Scientific memoirs by medical officers of the Army of India - Part III,
Year: 1887
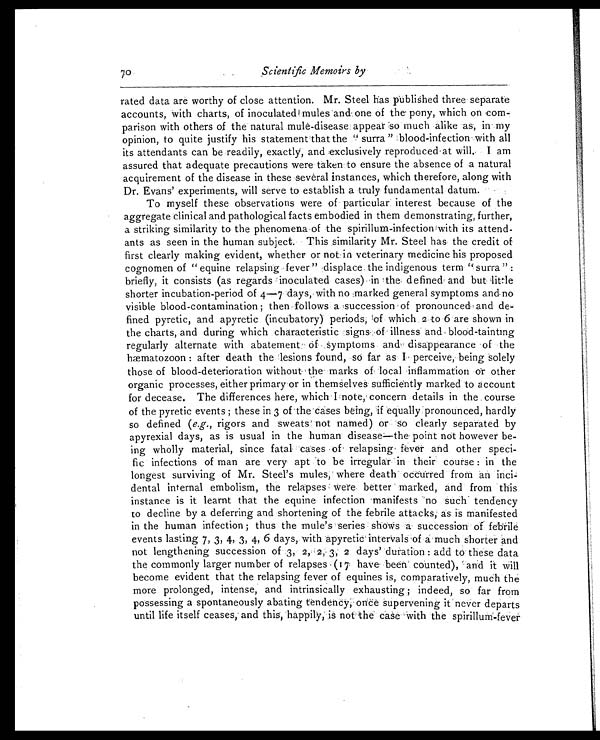
70
Scientific Memoirs by
rated data are worthy of close attention. Mr. Steel has published three separate
accounts, with charts, of inoculated mules and one of the pony, which on co
m - p a r i s o n w i t h o t h e r s o f t h e n a t u r a l m u l e - d i s e a s e a p p e a r s o m u c h a l i k e a s , i n m y
opinion, to quite justify his statement that the "surra" blood-infection with all
its attendants can be readily, exactly, and exclusively reproduced at will. I am
assured that adequate precautions were taken to ensure the absence of a natural
acquirement of the disease in these several instances, which therefore, along with
Dr. Evans' experiments, will serve to establish a truly fundamental datum.
To myself these observations were of particular interest because of the
aggregate clinical and pathological facts embodied in them demonstrating, further,
a striking similarity to the phenomena of the spirillum-infection with its attend-
ants as seen in the human subject. This similarity Mr. Steel has the credit of
first clearly making evident, whether or not in veterinary medicine his proposed
cognomen of "equine relapsing fever" displace the indigenous term "surra
" : b r i e f l y , i t c o n s i s t s ( a s r e g a r d s i n o c u l a t e d c a s e s ) i n t h e d e f i n e d a n d b u t l i t t l e
shorter incubation-period of 4—7 days, with no marked general symptoms and no
visible blood-contamination; then follows a succession of pronounced and de
-fined pyretic, and apyretic (incubatory) periods, of which 2 to 6 are shown in
the charts, and during which characteristic signsof illness and blood-tainting
regularly alternate with abatement of symptoms and disappearance of the
hæmatozoon: after death the lesions found, so far as I perceive, being solely
those of blood-deterioration without the marks of local inflammation or other
organic processes, either primary or in themselves sufficiently marked to account
for decease. The differences here, which I note, concern details in the course
of the pyretic events; these in 3 of the cases being, if equally pronounced, hardly
so defined ( e.g. , rigors and sweats not named) or so clearly separated by
apyrexial days, as is usual in the human disease—the point not however be-
ing wholly material, since fatal cases of relapsing fever and other speci-
fic infections of man are very apt to be irregular in their course: in the
longest surviving of Mr. Steel's mules, where death occurred from an
inci-dental internal embolism, the relapses were better marked, and from this
instance is it learnt that the equine infection manifests no such tendency
to decline by a deferring and shortening of the febrile attacks, as is manifested
in the human infection; thus the mule's series shows a succession of febrile
events lasting 7, 3, 4, 3, 4, 6 days, with apyretic intervals of a much shorter and
not lengthening succession of 3, 2, 2, 3, 2 days duration: add to these data
the commonly larger number of relapses (17 have been counted), and it will
become evident that the relapsing fever of equines is, comparatively, much the
more prolonged, intense, and intrinsically exhausting; indeed, so far from
possessing a spontaneously abating tendency, once supervening it never departs
until life itself ceases, and this, happily, is not the case with the spirillum-fever